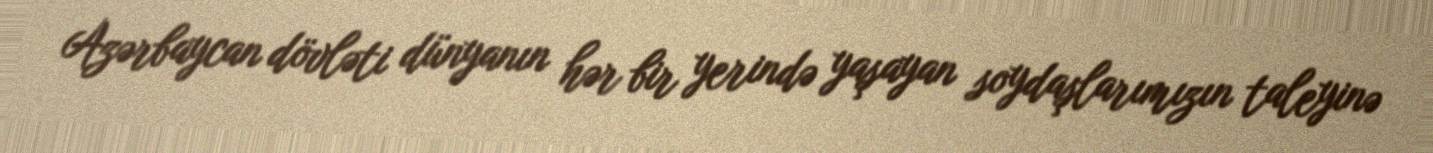
Azərbaycan dövləti dünyanın hər bir yerində yaşayan soydaşlarımızın taleyinə